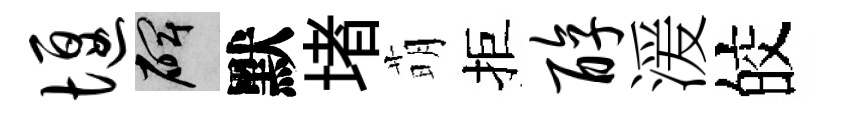
堰碑默堵萌拒醇湲皎